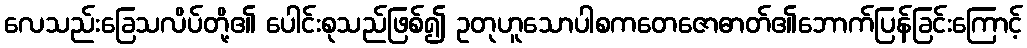
လေသည်းခြေသလိပ်တို့၏ ပေါင်းစုသည်ဖြစ်၍ ဥတုဟူသောပါစကတေဇောဓာတ်၏ဘောက်ပြန်ခြင်းကြောင့်